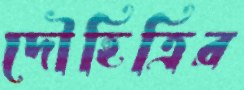
দৌহিত্রির